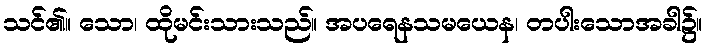
သင်၏။ သော၊ ထိုမင်းသားသည်။ အပရေနသမယေန၊ တပါးသောအခါ၌။